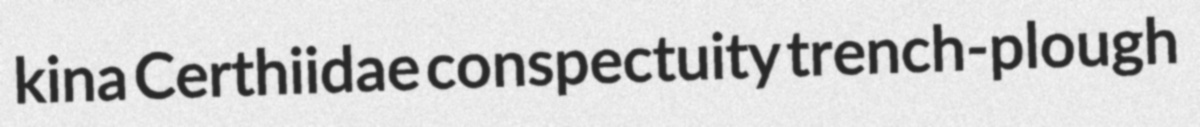
kina Certhiidae conspectuity trench-plough